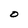
Character: 0